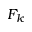
F _ { k }